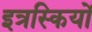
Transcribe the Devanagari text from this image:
इत्रस्कियों